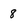
Character: 8